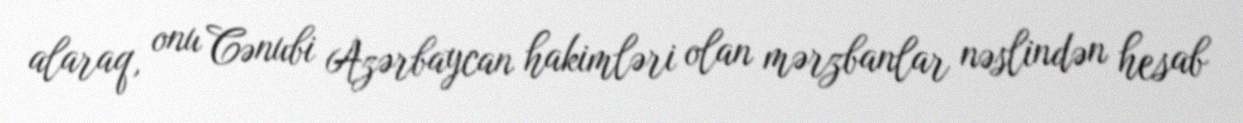
alaraq, onu Cənubi Azərbaycan hakimləri olan mərzbanlar nəslindən hesab